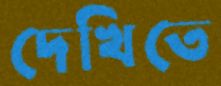
দেখিতে